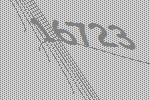
16723